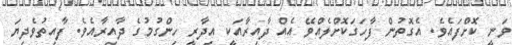
ވަނީ ކޮށްފައެވެ. އެގޮތުން ފާހަގަކޮށްލެއްވޭ އެއް ދާއިރާއަކީ އިދާރީ ހިންގުމުގެ ދާއިރާއެވެ. ފާއިތުވެދިޔަ